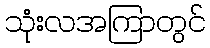
သုံးလအကြာတွင်